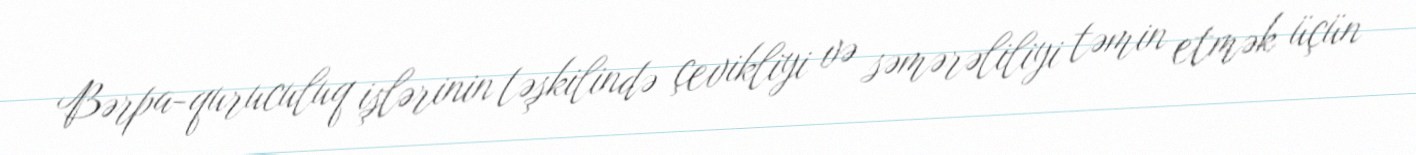
Bərpa-quruculuq işlərinin təşkilində çevikliyi və səmərəliliyi təmin etmək üçün